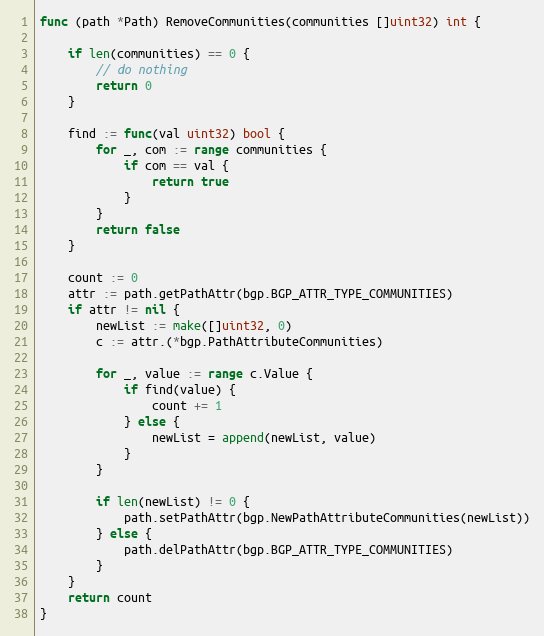
Language: Go
func (path *Path) RemoveCommunities(communities []uint32) int {

	if len(communities) == 0 {
		// do nothing
		return 0
	}

	find := func(val uint32) bool {
		for _, com := range communities {
			if com == val {
				return true
			}
		}
		return false
	}

	count := 0
	attr := path.getPathAttr(bgp.BGP_ATTR_TYPE_COMMUNITIES)
	if attr != nil {
		newList := make([]uint32, 0)
		c := attr.(*bgp.PathAttributeCommunities)

		for _, value := range c.Value {
			if find(value) {
				count += 1
			} else {
				newList = append(newList, value)
			}
		}

		if len(newList) != 0 {
			path.setPathAttr(bgp.NewPathAttributeCommunities(newList))
		} else {
			path.delPathAttr(bgp.BGP_ATTR_TYPE_COMMUNITIES)
		}
	}
	return count
}